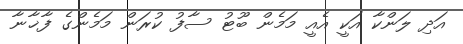
އަދި ލަންކާ އަކީ އެއީ މަމެން ބޫޓު ސާފު ކުރަން މަމެންގެ ފާޚާނާ